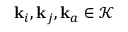
\mathbf { k } _ { i } , \mathbf { k } _ { j } , \mathbf { k } _ { a } \in \mathcal { K }